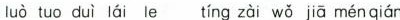
luò tuo duì lái le tíng zài wǒ jiā ménqián